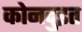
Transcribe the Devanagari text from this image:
कोनदुइत